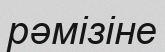
рәмізіне